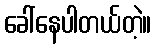
ခေါ်နေပါတယ်တဲ့။